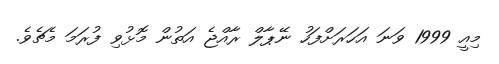
މިއީ 1999 ވަނަ އަހަރަށްފަހު ނޭޕާލް ރާއްޖެ އަތުން މޮޅުވި ފުރަަމަ މެޗެވެ.